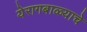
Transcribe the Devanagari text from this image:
येरागबाळ्याचे